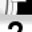
Digit: 7